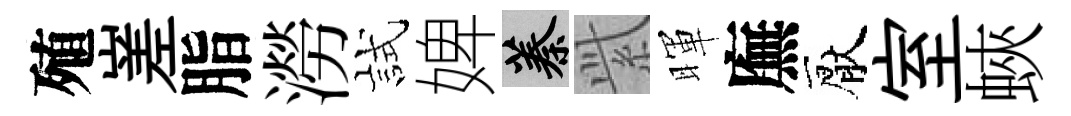
殖嵳脂澇試婢蓁𬗋暉廡厭室蛺